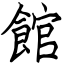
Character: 館